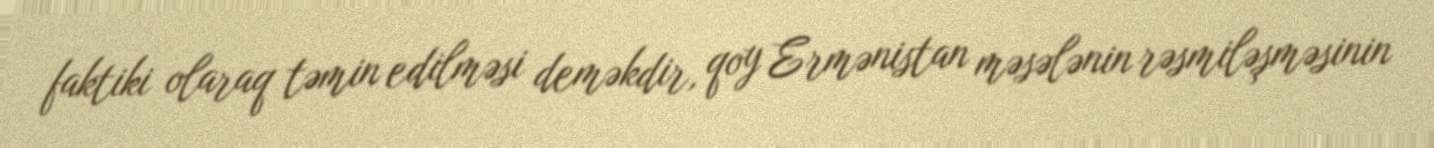
faktiki olaraq təmin edilməsi deməkdir, qoy Ermənistan məsələnin rəsmiləşməsinin